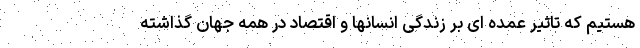
هستیم که تاثیر عمده ای بر زندگی انسانها و اقتصاد در همه جهان گذاشته